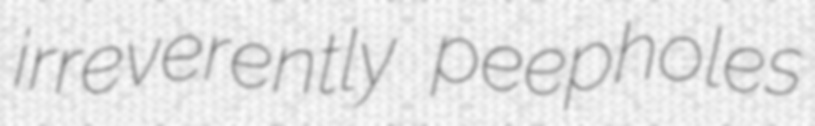
irreverently peepholes